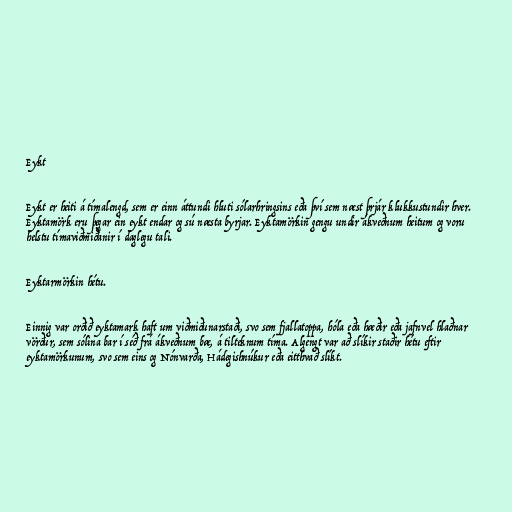
Eykt

Eykt er heiti á tímalengd, sem er einn áttundi hluti sólarhringsins eða því sem næst þrjár klukkustundir hver.
Eyktamörk eru þegar ein eykt endar og sú næsta byrjar. Eyktamörkin gengu undir ákveðnum heitum og voru
helstu tímaviðmiðanir í daglegu tali.

Eyktarmörkin hétu.

Einnig var orðið eyktamark haft um viðmiðunarstaði, svo sem fjallatoppa, hóla eða hæðir eða jafnvel hlaðnar
vörður, sem sólina bar í séð frá ákveðnum bæ, á tilteknum tíma. Algengt var að slíkir staðir hétu eftir
eyktamörkunum, svo sem eins og Nónvarða, Hádegishnúkur eða eitthvað slíkt.